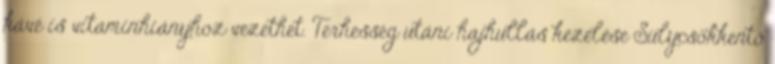
kávé is vitaminhiányhoz vezethet. Terhesség utáni hajhullás kezelése Súlycsökkentő